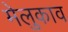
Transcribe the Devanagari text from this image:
मेलुकाव